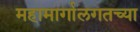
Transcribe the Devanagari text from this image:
महामार्गालगतच्या